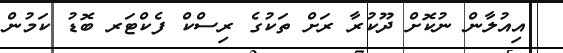
އިއުލާން ނުކޮށް ދޫކުރާ ރަށް ތަކުގެ ރިސްކް ފެކްޓަރ ބޮޑު ކަމުން